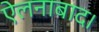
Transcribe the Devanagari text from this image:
ऐलनाबाद।